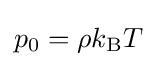
p_{0}=\rho k_{\mathrm {B} }T